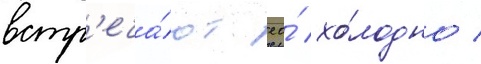
встр'еча́ют ео́ хо́лодно /